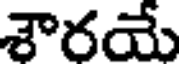
శౌరయే